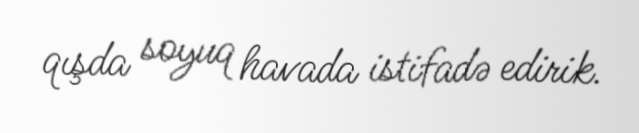
qışda soyuq havada istifadə edirik.